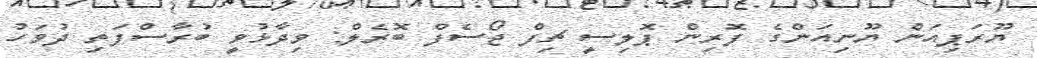
ޔޫރަޕިއަން ޔޫނިއަންގެ ފޮރިން ޕޮލިސީ ޗިފް ޖޯސެފް ބޮރެލް: ވިދާޅުވީ ބުރާސްފަތި ދުވަހު